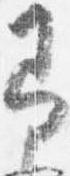
即